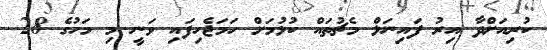
ކުރިއަށްދާ އިރު ފައިނަލް މެޗުތައް ކުޅުމަށް ހަމަޖެހިފައި ވަނީ މި މަހުގެ 28